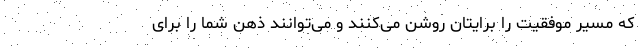
که مسیر موفقیت را برایتان روشن می‌کنند و می‌توانند ذهن شما را برای